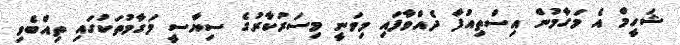
ޝަހީމް އެ މަގާމުން އިސްތިއުފާ ދެއްވާފައި މިވަނީ މިސަރުކާރުގެ ސިޔާސީ މަގާމުތަކުގައި ތިއްބެވި